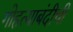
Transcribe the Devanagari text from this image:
गोहत्याबंदीची